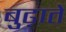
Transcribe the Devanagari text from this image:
बुढ़ाते